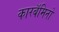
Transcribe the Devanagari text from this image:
कारबॅमिनो